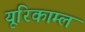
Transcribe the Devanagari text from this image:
यूरिकाम्ल